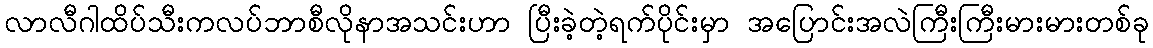
လာလီဂါထိပ်သီးကလပ်ဘာစီလိုနာအသင်းဟာ ပြီးခဲ့တဲ့ရက်ပိုင်းမှာ အပြောင်းအလဲကြီးကြီးမားမားတစ်ခု